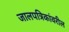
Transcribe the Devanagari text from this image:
जालपत्रिकांवरील